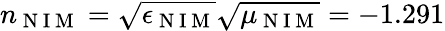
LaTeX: n_{\mathrm{~N~I~M~}}=\sqrt{\epsilon_{\mathrm{~N~I~M~}}}\sqrt{\mu_{\mathrm{~N~I~M~}}}=-1.291